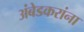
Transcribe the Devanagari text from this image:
अंबेडकरांना